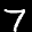
Label: 7